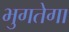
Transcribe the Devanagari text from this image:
भुगतेगा